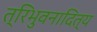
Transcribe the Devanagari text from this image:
त्रिभुवनादित्य